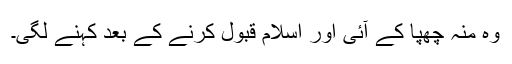
وہ منہ چھپا کے آئی اور اسلام قبول کرنے کے بعد کہنے لگی۔